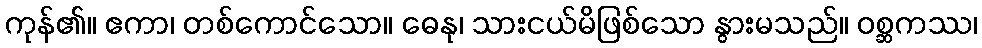
ကုန်၏။ ဧကာ၊ တစ်ကောင်သော။ ဓေနု၊ သားငယ်မိဖြစ်သော နွားမသည်။ ဝစ္ဆကဿ၊